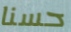
حسنا